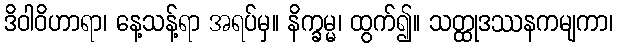
ဒိဝါဝိဟာရာ၊ နေ့သန့်ရာ အရပ်မှ။ နိက္ခမ္မ၊ ထွက်၍။ သတ္ထုဒဿနကမျကာ၊